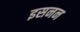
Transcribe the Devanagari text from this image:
इसनन